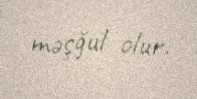
məşğul olur.